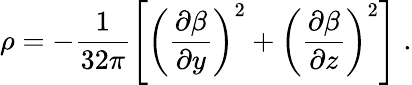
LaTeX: \rho=-\frac{1}{32\pi}\Bigg[\left(\frac{\partial\beta}{\partial y}\right)^{2}+\left(\frac{\partial\beta}{\partial z}\right)^{2}\Bigg]\; .